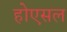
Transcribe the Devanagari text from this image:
होएसल